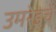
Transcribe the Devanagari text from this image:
उमरेडचे